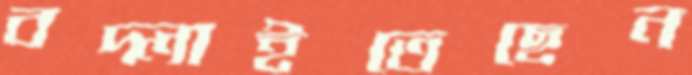
বদ্‌লাইতেছেন